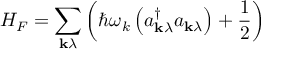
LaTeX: H _ { F } = \sum _ { \mathbf { k } \lambda } \left( \hbar \omega _ { k } \left( a _ { \mathbf { k } \lambda } ^ { \dagger } a _ { \mathbf { k } \lambda } \right) + { \frac { 1 } { 2 } } \right)